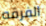
الفرقه